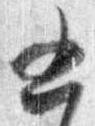
五